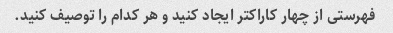
فهرستی از چهار کاراکتر ایجاد کنید و هر کدام را توصیف کنید.